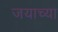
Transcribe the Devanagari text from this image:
जयाच्या